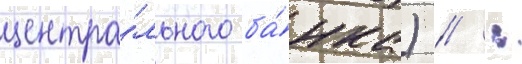
центра́льного ба́нка) // :